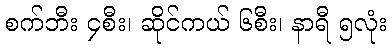
စက်ဘီး ၄စီး၊ ဆိုင်ကယ် ၆စီး၊ နာရီ ၅လုံး